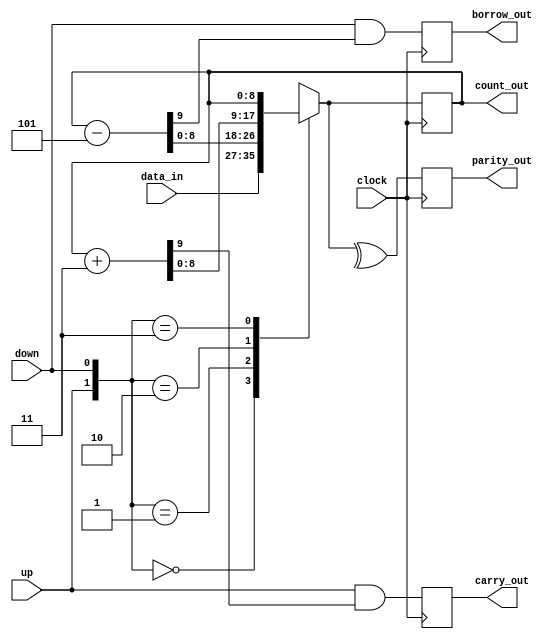
module up3down5(clock, data_in, up, down, carry_out, borrow_out, count_out, parity_out);

input [8:0] data_in;
input clock, up, down;

output reg [8:0] count_out;
output reg carry_out, borrow_out, parity_out;

reg [9:0] cnt_up, cnt_dn;
reg [8:0] count_nxt;


always @(posedge clock) begin
 	cnt_dn = count_out - 3'b 101;
	cnt_up = count_out + 2'b 11;
    
	case ({up,down})
		2'b 00 : count_nxt = data_in;
		2'b 01 : count_nxt = cnt_dn;
		2'b 10 : count_nxt = cnt_up;
		2'b 11 : count_nxt = count_out;
		default : count_nxt = 9'bX;
	endcase

	parity_out  <= ^count_nxt;
	carry_out   <= up & cnt_up[9];
	borrow_out  <= down & cnt_dn[9];
	count_out   <= count_nxt;
end

endmodule